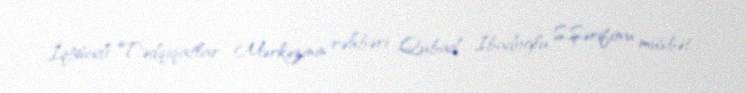
İqtisadi Tədqiqatlar Mərkəzinin rəhbəri Qubad İbadoğlu S.Şərifovu müsbət